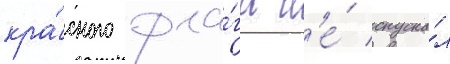
кра́сного фла́га н'е́ спуска́л